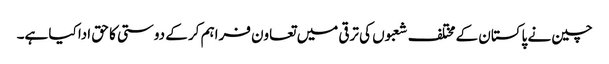
چین نے پاکستان کے مختلف شعبوں کی ترقی میں تعاون فراہم کر کے دوستی کا حق ادا کیا ہے۔